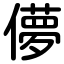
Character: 儚